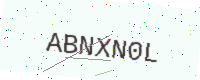
Text: ABNXN0L